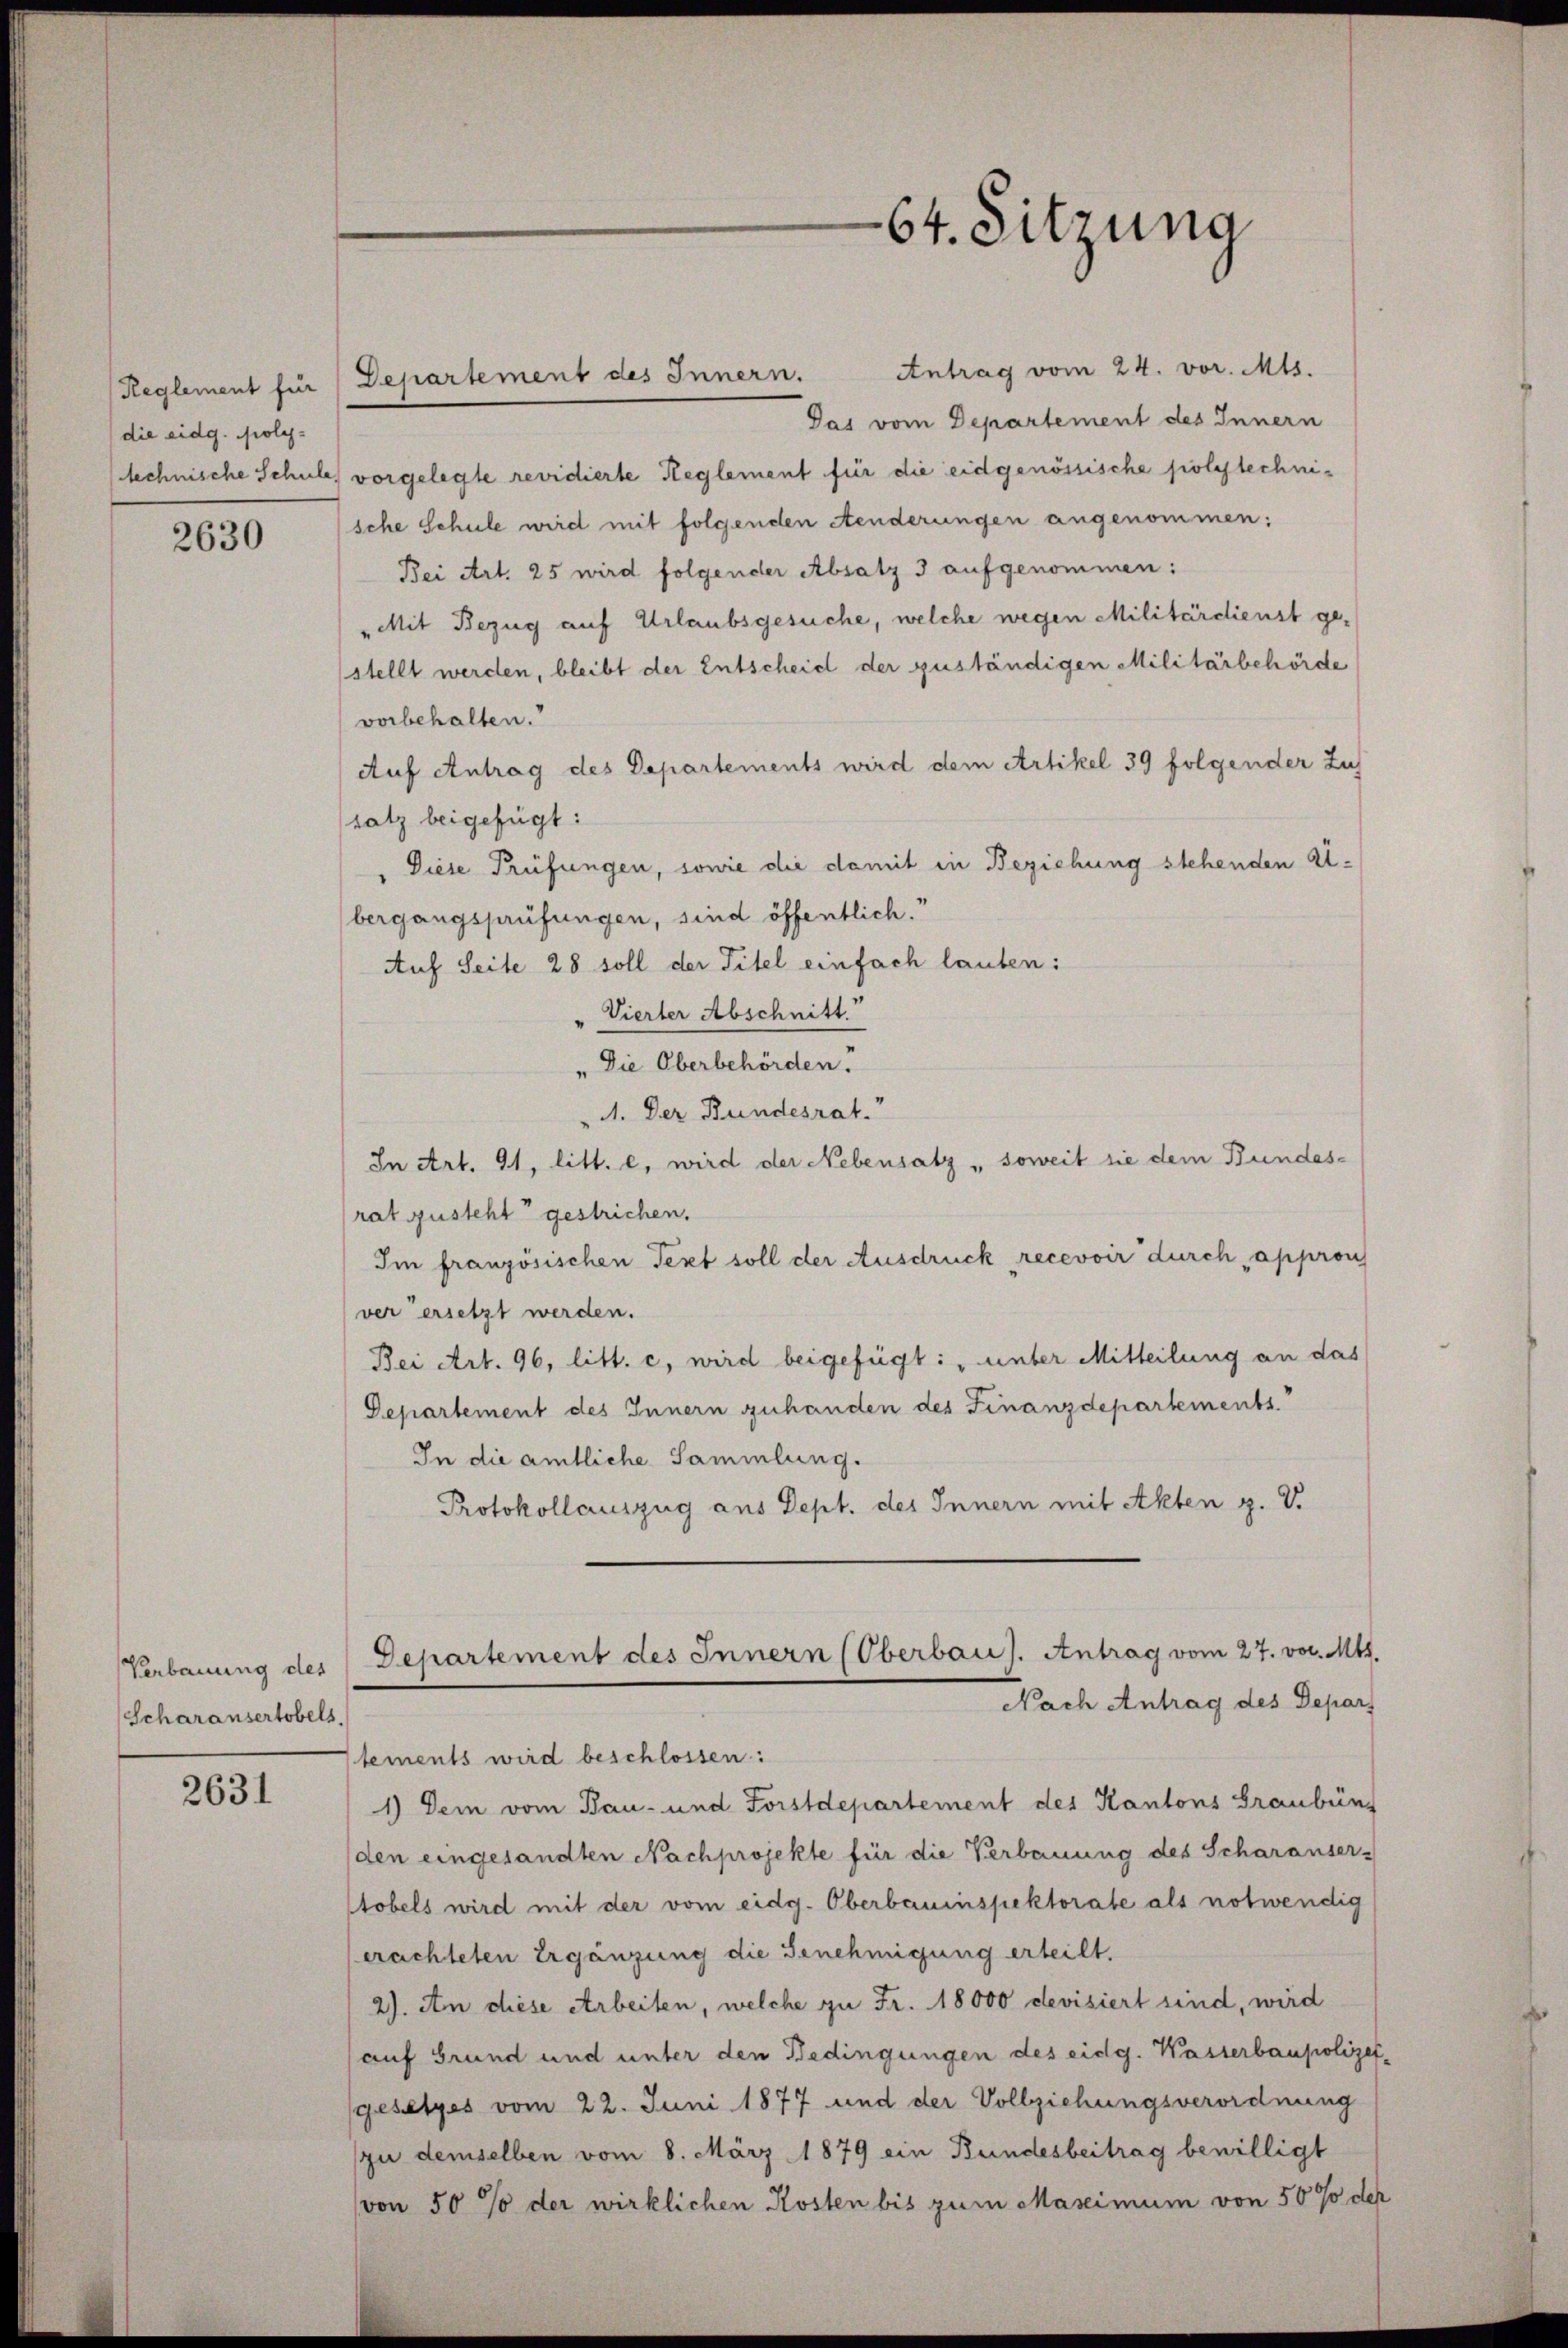
Reglement für
die eidg. Poly-
technische Schul

2630

Scharansertobels

2631

Antrag vom 24. vor. Mts.
Departement des Innern.
Das vom Departement des Innern
le) vorgelegte revidierte Reglement für die eidgenössische polytechnische Schule wird mit folgenden Aenderungen angenommen:
Bei Art. 25 wird folgender Absatz 3 aufgenommen:
„Mit Bezug auf Urlaubsgesuche, welche wegen Militärdienst gestellt werden, bleibt der Entscheid der zuständigen Militärbehörde
vorbehalten.
Auf Antrag des Departements wird dem Artikel 39 folgender Zuf
satz beigefügt:
Diese Prüfungen, sowie die damit in Beziehung stehenden Eibergangsprüfungen, sind öffentlich.“
Auf Seite 28 soll der Titel einfach lauten:
Vierter Abschnitt
" Die Oberbehörden.
A. Der Bundesrat.
In Art. 91, litt. e, wird der Nebensatz „ soweit sie dem Bundes-
rat gusteht gestrichen.
Im französischen Text soll der Ausdruck recevoir durch „appross
ver ersetzt werden.
Bei Art. 96, litt. c, wird beigefügt : „unter Mitteilung an das
Departement des Innern zuhanden des Finanzdepartements
In die amtliche Sammlung.
Protokollauszug aus Dept. des Innern mit Akten z. V.
Verbauung des Departement des Innern (Oberbaus. Antrag vom 27. vor. Mts.
Nach Antrag des Depar
tements wird beschlossen:
1) Dem vom Bau- und Forstdepartement des Kantons Graubünf
den eingesandten Nachprojekte für die Verbauung des Scharauser-
tobels wird mit der vom eidg. Oberbauinspektorate als notwendig
erachteten Ergänzung die Genehmigung erteilt.
2). An diese Arbeiten, welche zu Fr. 18000 devisiert sind, wird
auf Grund und unter den Bedingungen des eidg. Wasserbaupolizei-
gesetzes vom 22. Juni 1877 und der Vollziehungsverordnung
zu demselben vom 8. März 1879 ein Bundesbeitrag bewilligt
von 50 % der wirklichen Kosten bis zum Maximum von 50 % der

64. Sitzung